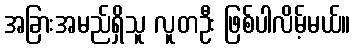
အခြားအမည်ရှိသူ လူတဦး ဖြစ်ပါလိမ့်မယ်။